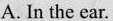
A. In the ear.